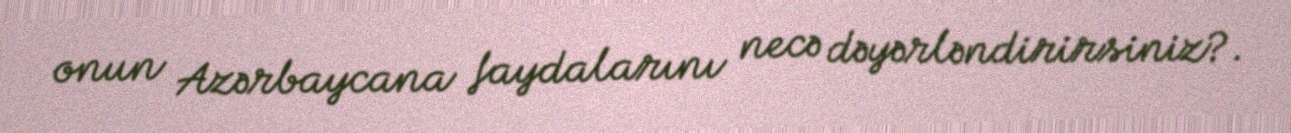
onun Azərbaycana faydalarını necə dəyərləndirirsiniz?.